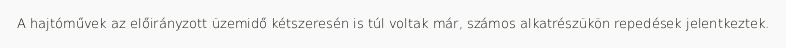
A hajtóművek az előirányzott üzemidő kétszeresén is túl voltak már, számos alkatrészükön repedések jelentkeztek.